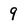
Character: 9